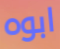
ابوه